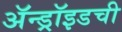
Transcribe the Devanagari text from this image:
ॲन्ड्रॉइडची